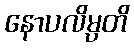
နောပလိမ္ပတိ